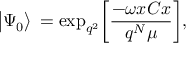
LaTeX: \big | \Psi _ { 0 } \big > \, = \mathrm { e x p } _ { q ^ { 2 } } \bigg [ { \frac { - \omega x C x } { q ^ { N } \mu } } \bigg ] ,